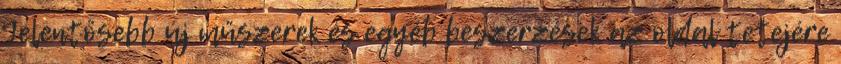
Jelentősebb új műszerek és egyéb beszerzések az oldal tetejére